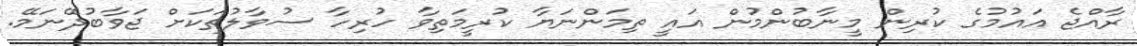
ރާއްޖެ އައުމުގެ ކުރިން މީނާބުންމުން އައީ ތިމަންނަޔާ ކުރީމަތިވާ ހުރިހާ ސުވާލުތަކަށް ޖަވާބުދޭނަމޭ.